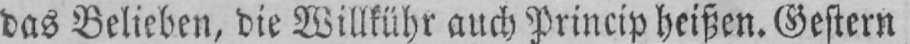
das Belieben, die Willkühr auch Princip heißen. Gestern